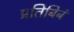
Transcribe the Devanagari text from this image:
प्रतिबिबं